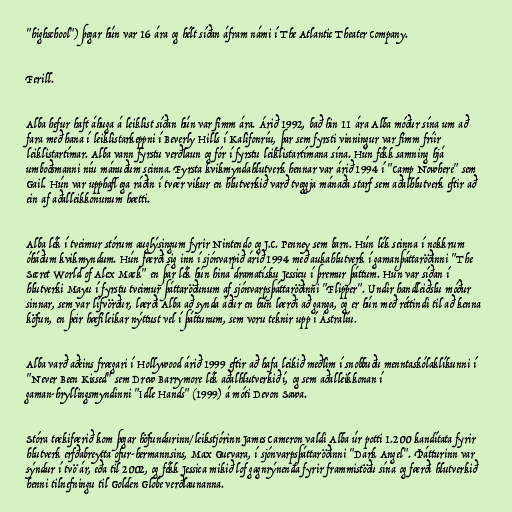
"highschool") þegar hún var 16 ára og hélt síðan áfram námi í The Atlantic Theater Company.

Ferill.

Alba hefur haft áhuga á leiklist síðan hún var fimm ára. Árið 1992, bað hin 11 ára Alba móður sína um að
fara með hana í leiklistarkeppni í Beverly Hills í Kalifonríu, þar sem fyrsti vinningur var fimm fríir
leiklistartímar. Alba vann fyrstu verðlaun og fór í fyrstu leiklistartímana sína. Hún fékk samning hjá
umboðsmanni níu mánuðum seinna. Fyrsta kvikmyndahlutverk hennar var árið 1994 í "Camp Nowhere" sem
Gail. Hún var upphaflega ráðin í tvær vikur en hlutverkið varð tveggja mánaða starf sem aðalhlutverk eftir að
ein af aðalleikkonunum hætti.

Alba lék í tveimur stórum auglýsingum fyrir Nintendo og J.C. Penney sem barn. Hún lék seinna í nokkrum
óháðum kvikmyndum. Hún færði sig inn í sjónvarpið árið 1994 með aukahlutverk í gamanþáttaröðinni "The
Secret World of Alex Mack" en þar lék hún hina dramatísku Jessicu í þremur þáttum. Hún var síðan í
hlutverki Mayu í fyrstu tveimur þáttaröðunum af sjónvarpsþáttaröðinni "Flipper". Undir handleiðslu móður
sinnar, sem var lífvörður, lærði Alba að synda áður en hún lærði að ganga, og er hún með réttindi til að kenna
köfun, en þeir hæfileikar nýttust vel í þáttunum, sem voru teknir upp í Ástralíu.

Alba varð aðeins frægari í Hollywood árið 1999 eftir að hafa leikið meðlim í snobbuðu menntaskólaklíkunni í
"Never Been Kissed" sem Drew Barrymore lék aðalhlutverkið í, og sem aðalleikkonan í
gaman-hryllingsmyndinni "Idle Hands" (1999) á móti Devon Sawa.

Stóra tækifærið kom þegar höfundurinn/leikstjórinn James Cameron valdi Alba úr potti 1.200 kandítata fyrir
hlutverk erfðabreytta ofur-hermannsins, Max Guevara, í sjónvarpsþáttaröðinni "Dark Angel". Þátturinn var
sýndur í tvö ár, eða til 2002, og fékk Jessica mikið lof gagnrýnenda fyrir frammistöðu sína og færði hlutverkið
henni tilnefningu til Golden Globe verðlaunanna.